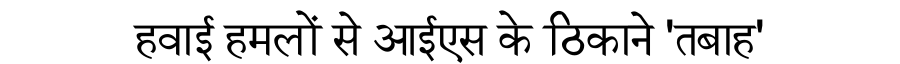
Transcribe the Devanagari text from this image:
हवाई हमलों से आईएस के ठिकाने 'तबाह'